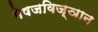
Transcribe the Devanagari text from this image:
भेषजविज्ञान